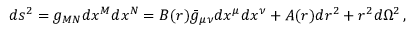
d s ^ { 2 } = g _ { M N } d x ^ { M } d x ^ { N } = B ( r ) \bar { g } _ { \mu \nu } d x ^ { \mu } d x ^ { \nu } + A ( r ) d r ^ { 2 } + r ^ { 2 } d \Omega ^ { 2 } \, ,